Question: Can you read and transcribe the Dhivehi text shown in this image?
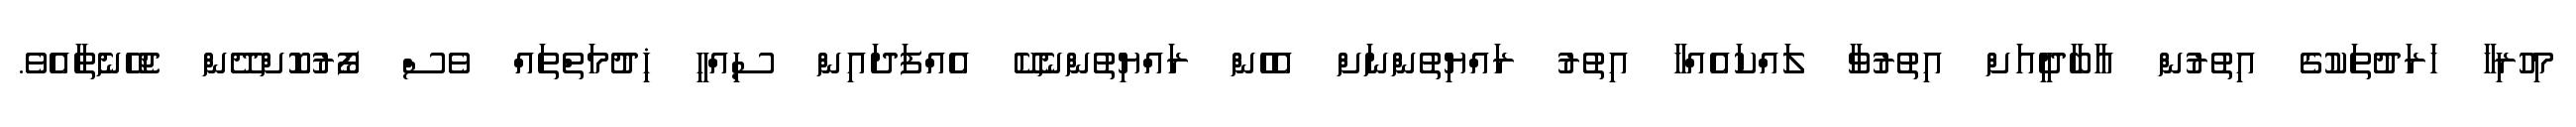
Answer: މިހުރިހާ ޚަރަދުތަކުގެ އިތުރުން އާބާދީއަށް އިތުރުވާ ލައްކައެއްހާ އިތުރު ރައްޔިތުންނަށް އެހެން ރައްޔިތުންނެކޭ އެއްފަދައިން ސިއްހީ ޚިދުމަތްތައް ވެސް ފޯރުކޮށްދޭން ޖެހޭނެތާއެވެ.